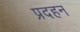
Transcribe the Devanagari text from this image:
प्रदहन